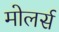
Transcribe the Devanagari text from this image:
मोलर्स